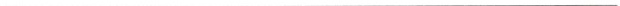
___